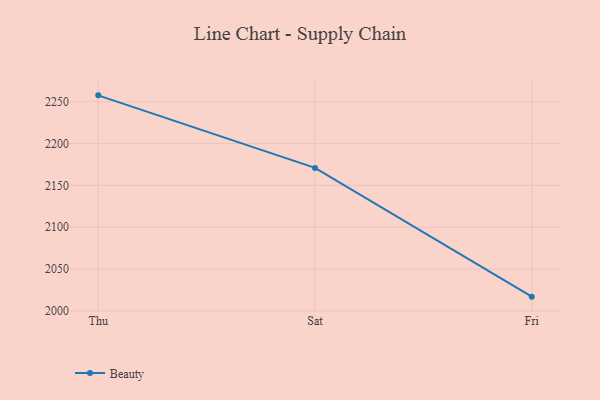
{"axis": {"x": "Day", "y": "Net Income (USD K)"}, "legend": ["Beauty"], "data": [{"x": "Thu", "y": 2257.6, "type": "Beauty"}, {"x": "Sat", "y": 2170.9, "type": "Beauty"}, {"x": "Fri", "y": 2017.0, "type": "Beauty"}]}